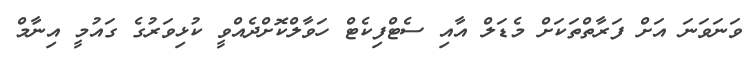
ވަނަވަނަ އަށް ފަރާތްތަކަށް މެޑަލް އާއި ސެޓްފިކެޓް ހަވާލްކޮށްދެއްވީ ކުޅިވަރުގެ ގައުމީ އިނާމް